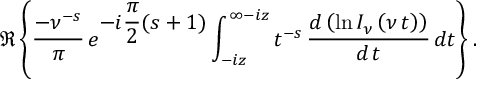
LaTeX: \Re \left\{ \frac { - \nu ^ { - s } } { \pi } \, e ^ { \displaystyle { - i \frac { \pi } { 2 } ( s + 1 ) } } \int _ { - i z } ^ { \infty - i z } t ^ { - s } \, \displaystyle { \frac { d \left( \ln { I _ { \nu } \left( \nu \, t \right) } \right) } { d \, t } } \, d t \right\} .